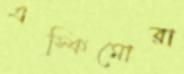
এস্কিমোরা